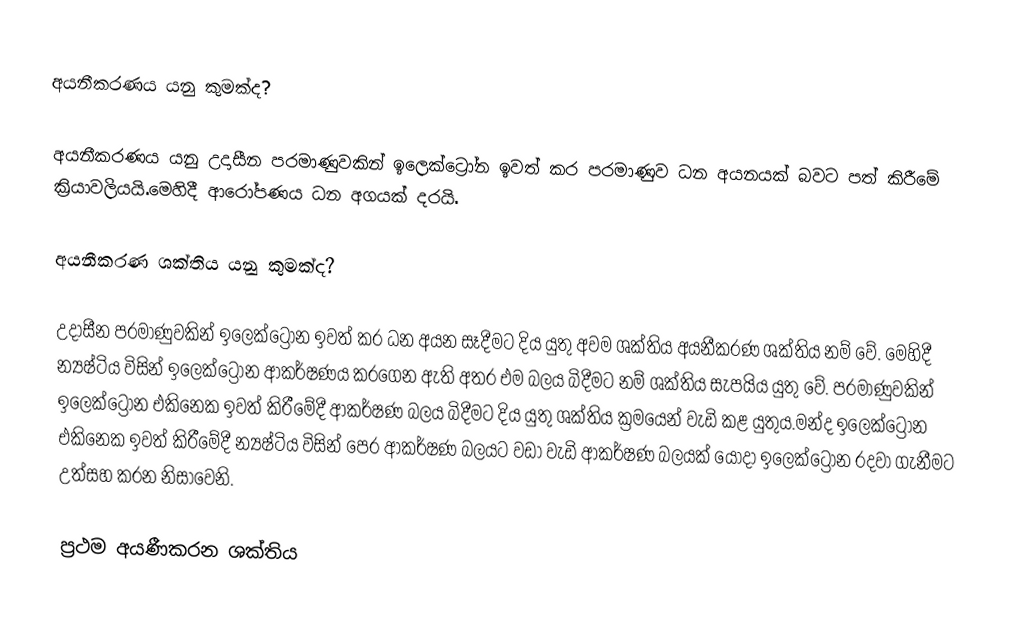
අයනීකරණය යනු කුමක්ද?

අයනීකරණය යනු උදාසීන පරමාණුවකින් ඉලෙක්ට්‍රෝන ඉවත් කර පරමාණුව ධන අයනයක් බවට පත් කිරීමේ ක්‍රියාවලියයි.මෙහිදී ආරෝපණය ධන අගයක් දරයි.

අයනීකරණ ශක්තිය යනු කුමක්ද?

උදාසීන පරමාණුවකින් ඉලෙක්ට්‍රෝන ඉවත් කර ධන අයන සෑදීමට දිය යුතු අවම ශක්තිය අයනීකරණ ශක්තිය නම් වේ. මෙහිදී න්‍යෂ්ටිය විසින් ඉලෙක්ට්‍රෝන ආකර්ෂණය කරගෙන ඇති අතර එම බලය බිදීමට නම් ශක්තිය සැපයිය යුතු වේ. පරමාණුවකින් ඉලෙක්ට්‍රෝන එකිනෙක ඉවත් කිරීමේදී ආකර්ෂණ බලය බිදීමට දිය යුතු ශක්තිය ක්‍රමයෙන් වැඩි කළ යුතුය.මන්ද ඉලෙක්ට්‍රෝන එකිනෙක ඉවත් කිරීමේදී න්‍යෂ්ටිය විසින් පෙර ආකර්ෂණ බලයට වඩා වැඩි ආකර්ෂණ බලයක් යොදා ඉලෙක්ට්‍රෝන රදවා ගැනීමට උත්සහ කරන නිසාවෙනි.

ප්‍රථම අයණීකරන ශක්තිය